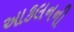
આકલનની